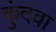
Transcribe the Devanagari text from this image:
कुंदवा